Eesti_Rahvusfond, lk 9
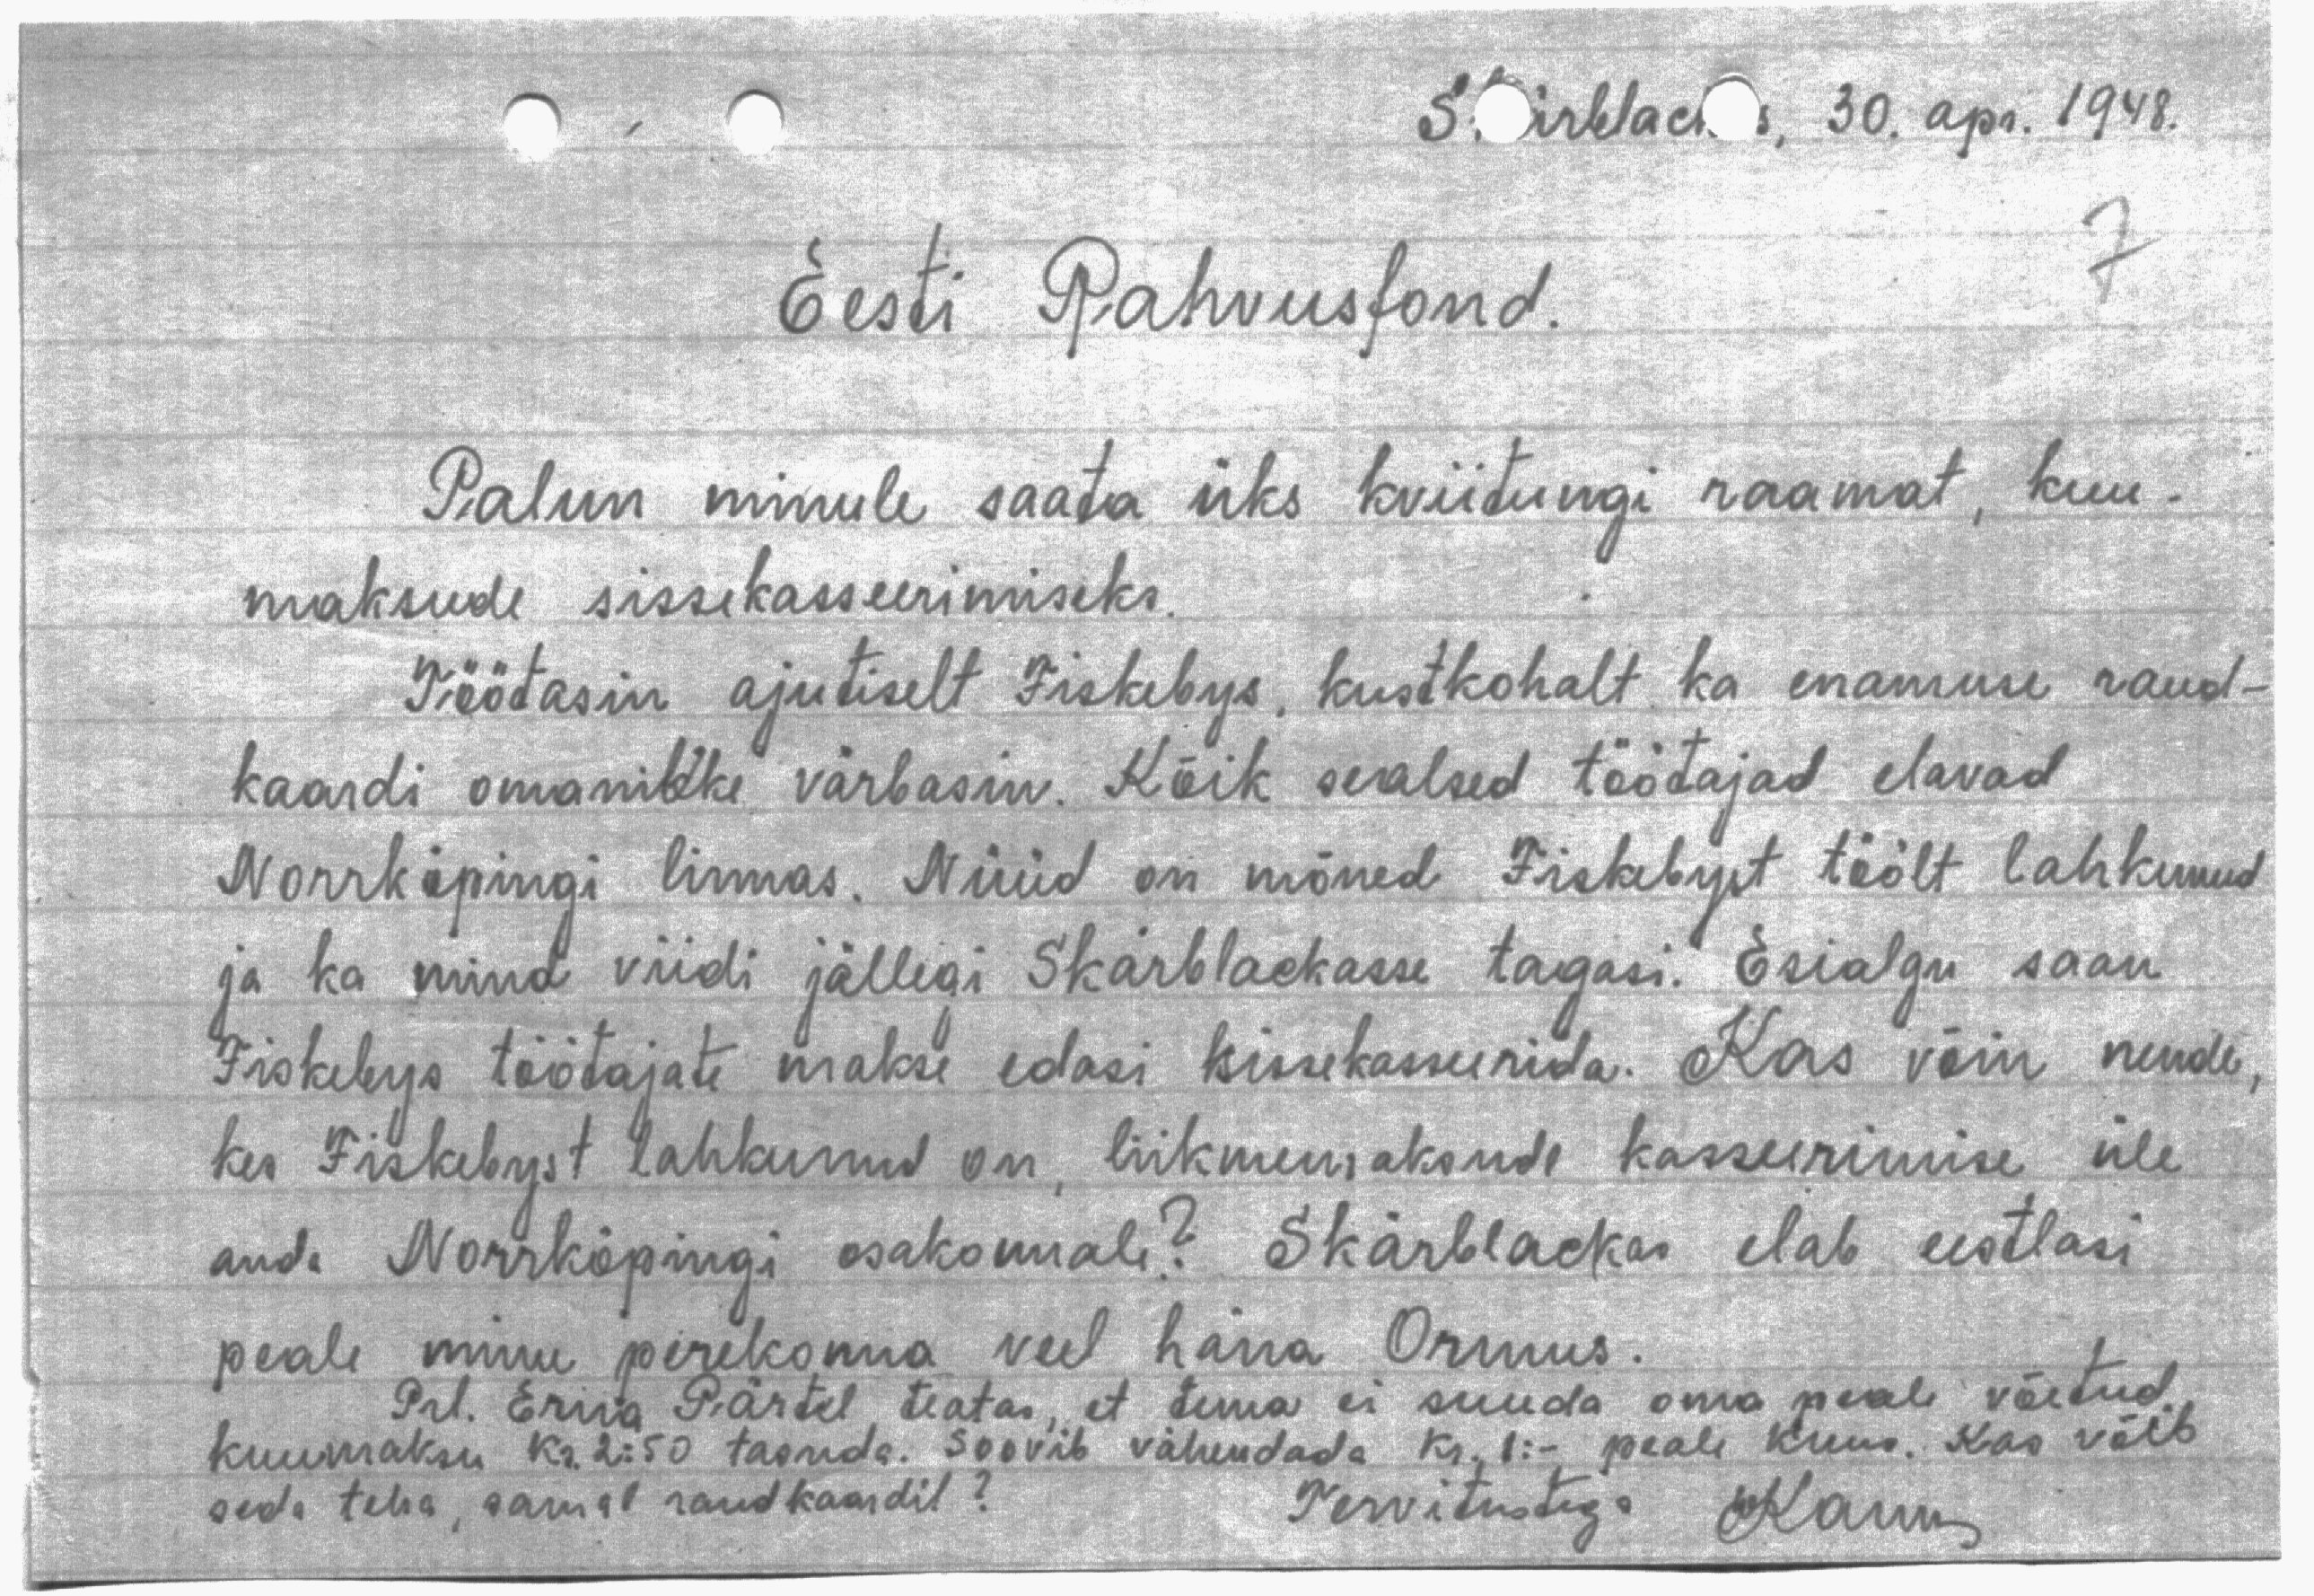
Störklack s. 30. apr. 1948.
Eesti Rahvusfond.
Palun minule saata üks kviitungi raamat, kuu-
maksude sissekasseerimiseks.
Töötasin ajutiselt Fiskebys, kustkohalt ka enamuse raud-
kaardi omanikke värbasin. Kõik sealsed töödajad elavad
Norrköpingi linnas. Nüüd on mõned Fiskebyst töölt lahkunud
ja ka mind viidi jällegi Skarblackasse tagasi. Esialgu saan
Fiskebys töötajate makse edasi sissekasserida. Kas võin nende
kes Fiskebyst lahkunud on liikmemaksude kasseerimise üle
anda Norrköpingi osakonnale? Skärblackas elab eestlasi
peale muu perekonna veel härra Ormus.
Prl. Erna Pärtel teatas, et tema ei suuda oma peale võetud,
kuumaksu kr 2:50 tasuda. Soovib vähendada kr. 1: peale kuus. Kas võib
seda teha, samal raudkaardil?
Tervitustega Karum